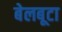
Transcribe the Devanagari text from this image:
बेलबूटा